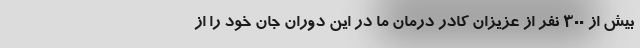
بیش از ۳۰۰ نفر از عزیزان کادر درمان ما در این دوران جان خود را از